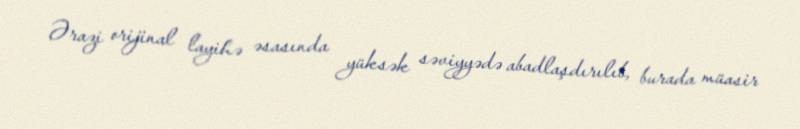
Ərazi orijinal layihə əsasında yüksək səviyyədə abadlaşdırılıb, burada müasir